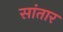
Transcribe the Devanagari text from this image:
सांतार